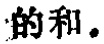
的和。